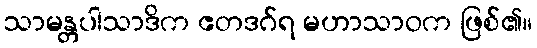
သာမန္တပါသာဒိက ဧတဒဂ်ရ မဟာသာဝက ဖြစ်၏။